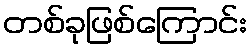
တစ်ခုဖြစ်ကြောင်း